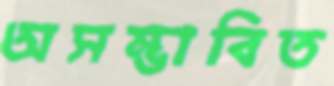
অসম্ভাবিত